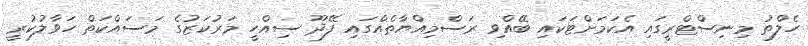
ހެލްތު މިނިސްޓްރީގައި އެކަމަށްޓަކައި ބޭއްވި ރަސްމިއްޔާތެއްގައި ފޭދޫ ސިއްހީ މަރުކަޒުގެ މަސައްކަތް ހަވާލުކުރީ